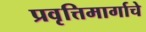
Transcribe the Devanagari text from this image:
प्रवृत्तिमार्गाचे